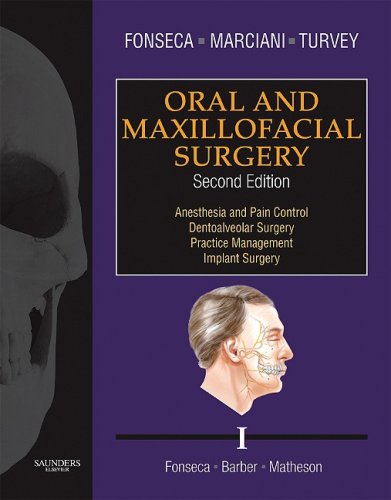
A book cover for Oral and Maxillofacial Surgery: 3-Volume Set, 2e; Raymond J. Fonseca DMD; Medical Books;